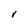
Character: V